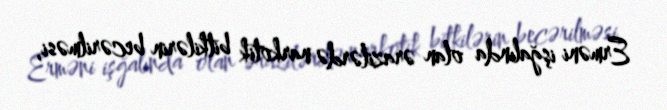
Erməni işğalında olan ərazilərdə narkotik bitkilərin becərilməsi,